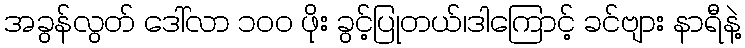
အခွန်လွတ် ဒေါ်လာ ၁၀၀ ဖိုး ခွင့်ပြုတယ်၊ဒါကြောင့် ခင်ဗျား နာရီနဲ့